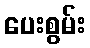
ပေးစွမ်း